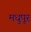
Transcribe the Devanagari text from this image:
मधुपूर